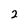
Character: 2